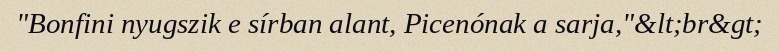
"Bonfini nyugszik e sírban alant, Picenónak a sarja,"&lt;br&gt;